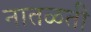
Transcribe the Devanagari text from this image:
नातळती